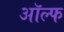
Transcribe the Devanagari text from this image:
ऑल्फ